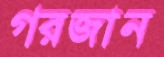
গরজান